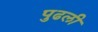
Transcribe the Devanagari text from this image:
पुढली